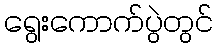
ရွေးကောက်ပွဲတွင်